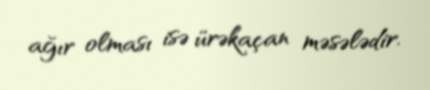
ağır olması isə ürəkaçan məsələdir.